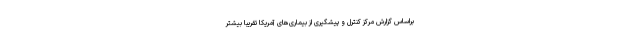
براساس گزارش مرکز کنترل و پیشگیری از بیماری‌های آمریکا تقریبا بیشتر